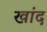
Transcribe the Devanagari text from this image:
खांद